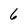
Character: 6